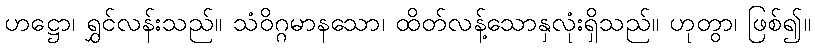
ဟဋ္ဌော၊ ရွှင်လန်းသည်။ သံဝိဂ္ဂမာနသော၊ ထိတ်လန့်သောနှလုံးရှိသည်။ ဟုတွာ၊ ဖြစ်၍။